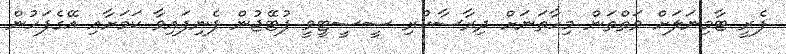
ފެރީ ޓާމިނަލަށް ވަތްތަން މިހާތަނަށް ދިރާސާކުރި ސީސީޓީވީ ފުޓޭޖުން ފެނިފައިވާ ކަމަށާއި އޭގެފަހުން